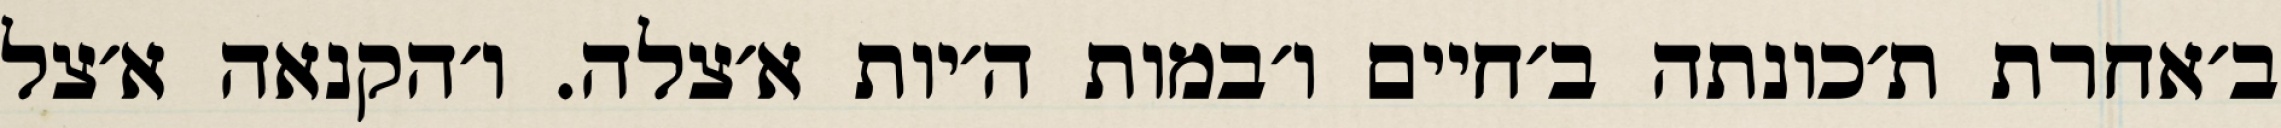
ב׳אחרת ת׳כונתה ב׳חיים ו׳במות ה׳יות א׳צלה. ו׳הקנאה א׳צל